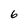
Character: 6